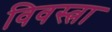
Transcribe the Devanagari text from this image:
विवस्त्रा